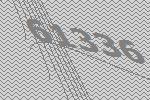
61336